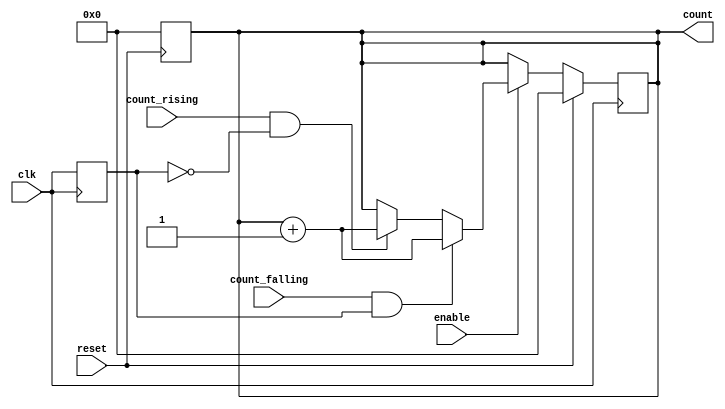
module edge_counter #(
    parameter WIDTH = 8 // Width of the count output
)(
    input wire clk,          // Clock input
    input wire enable,       // Enable signal
    input wire reset,        // Asynchronous reset
    input wire count_rising, // Count rising edges if high
    input wire count_falling, // Count falling edges if high
    output reg [WIDTH-1:0] count // Count output
);

    reg clk_prev; // Register to hold the previous clock state

    // Asynchronous reset
    always @(posedge reset) begin
        count <= 0; // Reset count to zero
    end

    // Edge detection and counting
    always @(posedge clk) begin
        if (reset) begin
            count <= 0; // Reset count if reset is high
        end else if (enable) begin
            // Detect rising edge
            if (count_rising && !clk_prev) begin
                count <= count + 1; // Increment count on rising edge
            end
            // Detect falling edge
            if (count_falling && clk_prev) begin
                count <= count + 1; // Increment count on falling edge
            end
        end
        clk_prev <= clk; // Update previous clock state
    end

endmodule